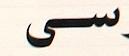
سى